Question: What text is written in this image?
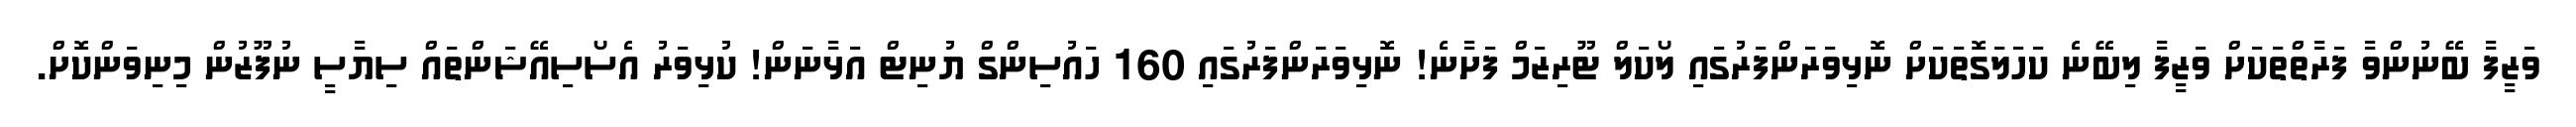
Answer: ވަޒީފާ ބޭނުންވާ ފަރާތްތަކަށް ވަޒީފާ ލިބޭނެ ކަހަލަގޮތަކަށް ނޮޅިވަރަންފަރުގައި ލޯކަލް ޓޫރިޒަމް ފަށާނެ! ނޮޅިވަރަންފަރުގައި 160 ހައުސިންގް ޔުނިޓް އަޅާނަން! ކުޅިވަރު އެސޯސިއޭޝަންތައް ސިޔާސީ ނުފޫޒުން މިނިވަންކޮށް.